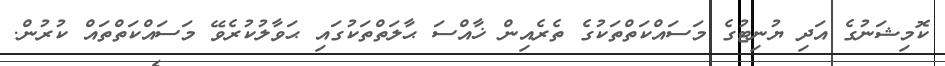
ކޮމިޝަނުގެ އަދި ޔުނިޓުގެ މަސައްކަތްތަކުގެ ތެރެއިން ޚާއްސަ ޙާލަތްތަކުގައި ޙަވާލުކުރެވޭ މަސައްކަތްތައް ކުރުން.